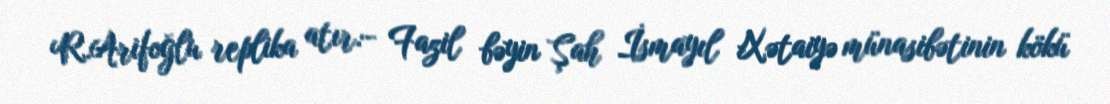
R.Arifoğlu replika atır:- Fazil bəyin Şah İsmayıl Xətaiyə münasibətinin kökü